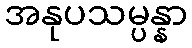
အနုပသမ္ပန္နာ